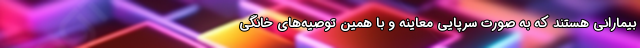
بیمارانی هستند که به صورت سرپایی معاینه و با همین توصیه‌های خانگی